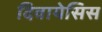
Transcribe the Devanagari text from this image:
दिवायेसिस